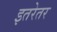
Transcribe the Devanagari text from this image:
इतरेतर